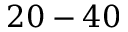
2 0 - 4 0